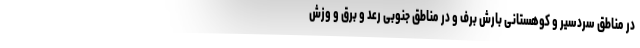
در مناطق سردسیر و کوهستانی بارش برف و در مناطق جنوبی رعد و برق و وزش